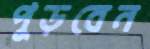
পুড়বেন